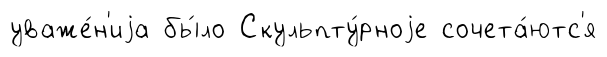
уваже́н'иjа бы́ло Скульпту́рноjе сочета́ютс'я